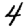
Digit: 4